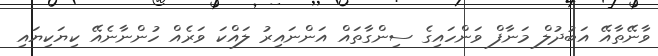
ވާނޭތާއޭ އަބުދުލް މަނާފް ވަންހައިގެ ސިންގާތައް އަންނައިރު ލައްކަ ވަރެއް ހުންނާނެއޭ ކިޔަކިޔައި